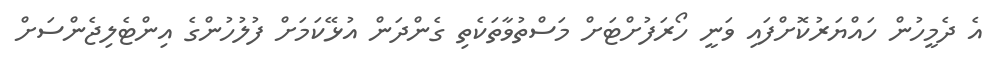
އެ ދެމީހުން ހައްޔަރުކޮށްފައި ވަނީ ހޯރަފުށްޓަށް މަސްތުވާތަކެތި ގެންދަން އުޅޭކަމަށް ފުލުހުންގެ އިންޓެލިޖެންސަށް